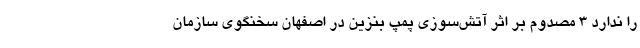
را ندارد 3 مصدوم بر اثر آتش‌سوزی پمپ بنزین در اصفهان سخنگوی سازمان